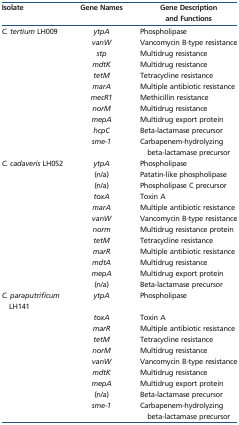
| Isolate | Gene Names | Gene Description and Functions |
 | --- | --- | --- |
 | C. tertium LH009 | ytpA | Phospholipase |
 |  | vanW | Vancomycin B-type resistance |
 |  | stp | Multidrug resistance |
 |  | mdtK | Multidrug resistance |
 |  | tetM | Tetracycline resistance |
 |  | marA | Multiple antibiotic resistance |
 |  | mecR1 | Methicillin resistance |
 |  | norM | Multidrug resistance |
 |  | mepA | Multidrug export protein |
 |  | hcpC | Beta-lactamase precursor |
 |  | sme-1 | Carbapenem-hydrolyzing beta-lactamase precursor |
 | C. cadaveris LH052 | ytpA | Phospholipase |
 |  | (n/a) | Patatin-like phospholipase |
 |  | (n/a) | Phospholipase C precursor |
 |  | toxA | Toxin A |
 |  | marA | Multiple antibiotic resistance |
 |  | vanW | Vancomycin B-type resistance |
 |  | norm | Multidrug resistance protein |
 |  | tetM | Tetracycline resistance |
 |  | marR | Multiple antibiotic resistance |
 |  | mdtA | Multidrug resistance |
 |  | mepA | Multidrug export protein |
 |  | (n/a) | Beta-lactamase precursor |
 | C. paraputrificum LH141 | ytpA | Phospholipase |
 |  | toxA | Toxin A |
 |  | marR | Multiple antibiotic resistance |
 |  | tetM | Tetracycline resistance |
 |  | norM | Multidrug resistance |
 |  | vanW | Vancomycin B-type resistance |
 |  | mdtK | Multidrug resistance |
 |  | mepA | Multidrug export protein |
 |  | (n/a) | Beta-lactamase precursor |
 |  | sme-1 | Carbapenem-hydrolyzing beta-lactamase precursor |